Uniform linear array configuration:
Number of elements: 12
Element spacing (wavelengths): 0.25
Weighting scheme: kaiser
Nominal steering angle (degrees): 0
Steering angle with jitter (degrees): -1.318
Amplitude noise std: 0.05
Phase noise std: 0.05

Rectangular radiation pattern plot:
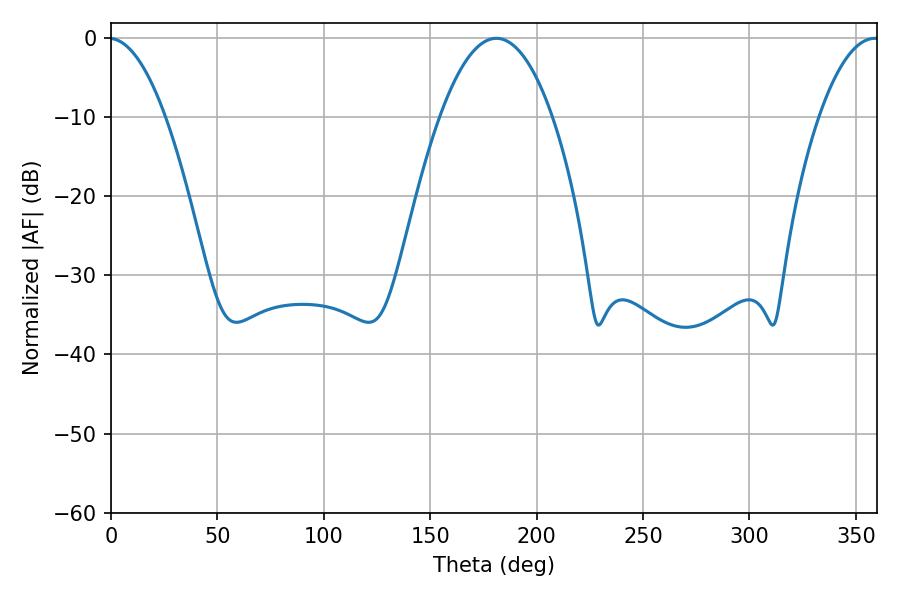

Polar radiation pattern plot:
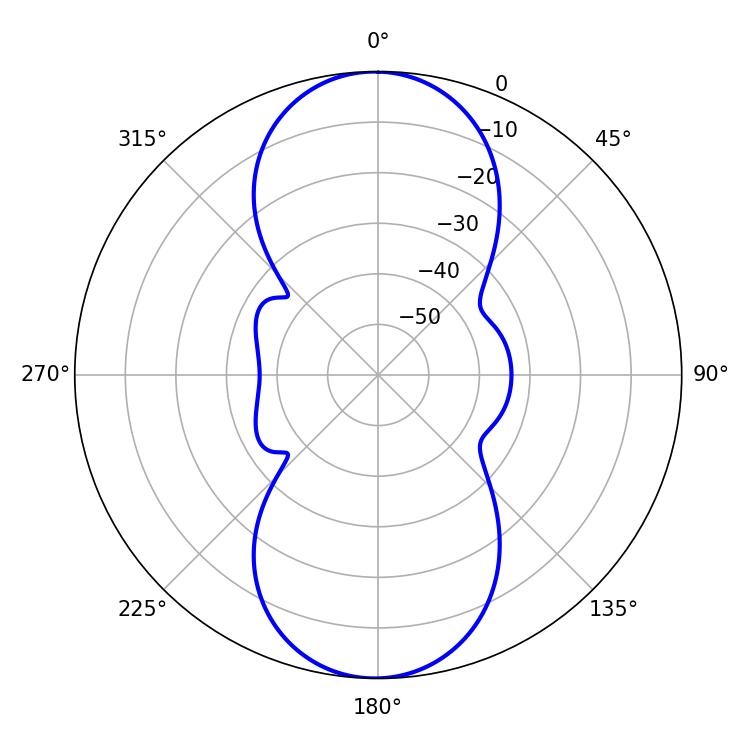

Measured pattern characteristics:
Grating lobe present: FALSE
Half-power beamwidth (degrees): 29.16
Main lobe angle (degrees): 181.08